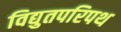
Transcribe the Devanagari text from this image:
विद्युतपरिपथ